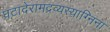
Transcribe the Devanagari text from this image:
घटादेरामद्रव्यस्याग्निना